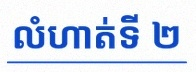
លំហាត់ទី ២